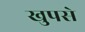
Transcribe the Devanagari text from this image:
खुपसे